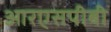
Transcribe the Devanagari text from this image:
आरएसपीबी